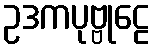
ဥဒကပုဗ္ဗုဠေ